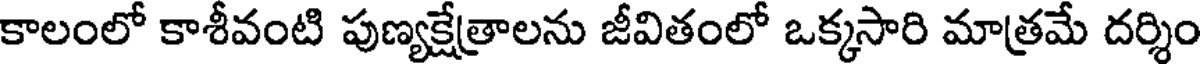
కాలంలో కాశీవంటి పుణ్యక్షేత్రాలను జీవితంలో ఒక్కసారి మాత్రమే దర్శిం